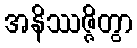
အနိဿဇ္ဇိတွာ